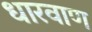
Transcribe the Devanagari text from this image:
धारवाण